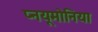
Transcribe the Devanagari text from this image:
प्नयूमोनिया